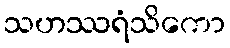
သဟဿရံသိကော